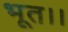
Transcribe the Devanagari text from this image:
भूत।।